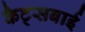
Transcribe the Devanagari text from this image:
कैट्सबाई